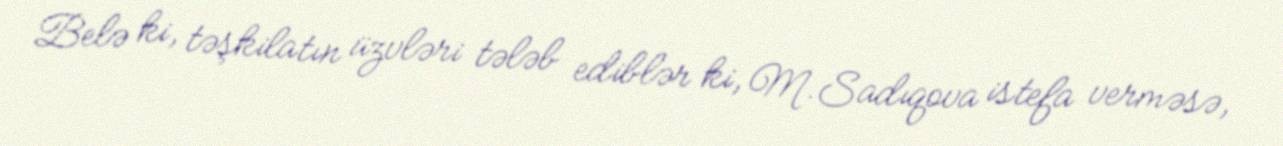
Belə ki, təşkilatın üzvləri tələb ediblər ki, M.Sadıqova istefa verməsə,